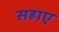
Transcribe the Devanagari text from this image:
सहाए